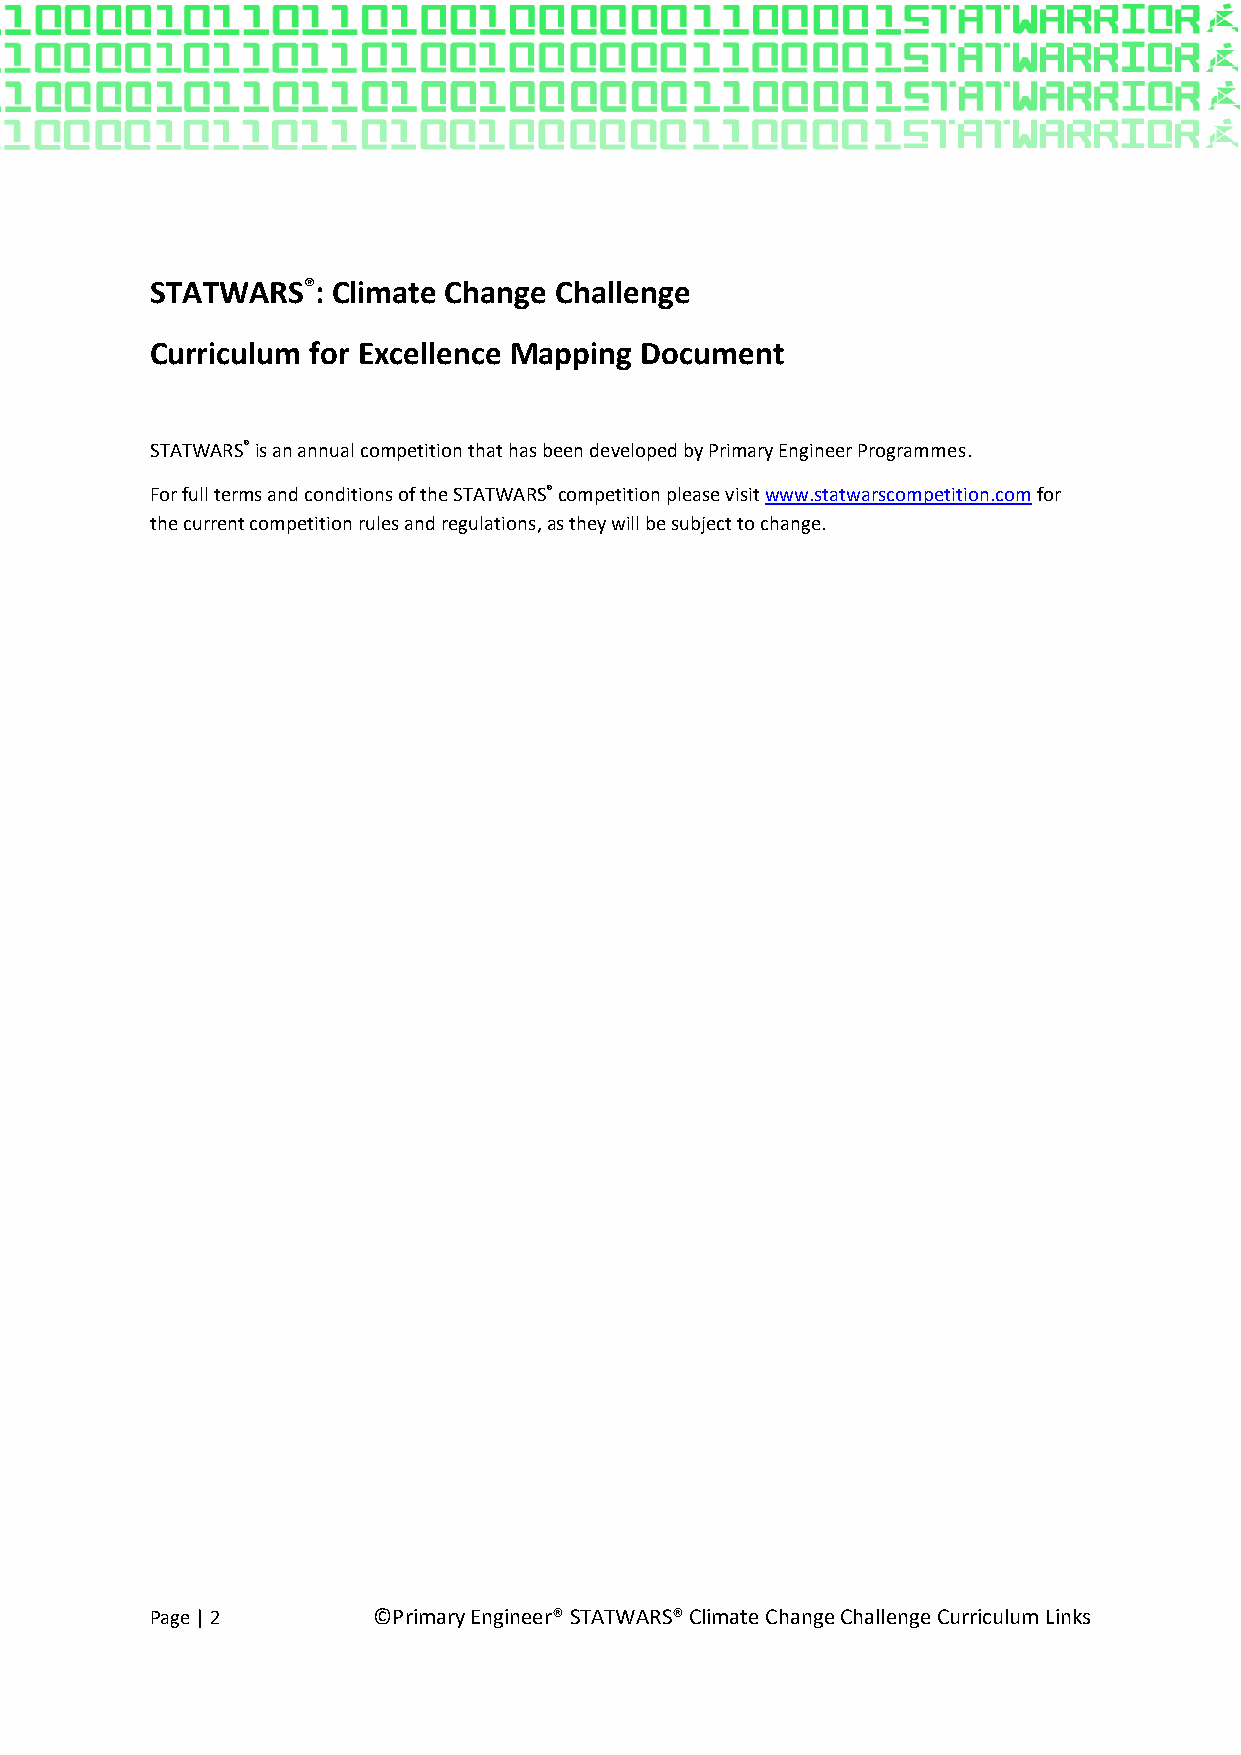
STATWARS®:  Climate Change Challenge
 Curriculum for Excellence Mapping Document
 STATWARS® is an annual competition that has been developed by Primary Engineer Programmes.
 For full terms and conditions of the STATWARS® competition please visit www.statwarscompetition.com for
 the current competition rules and regulations, as they will be subject to change.
 Page | 2       ©Primary Engineer® STATWARS® Climate Change Challenge Curriculum Links